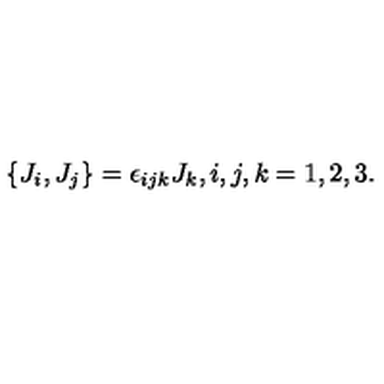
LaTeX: \left\{ J _ { i } , J _ { j } \right\} = \epsilon _ { i j k } J _ { k } , i , j , k = 1 , 2 , 3 .